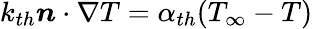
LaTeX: k_{th}\boldsymbol{n}\cdot\nabla T=\alpha_{th}(T_{\infty}-T)